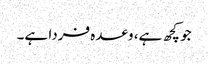
جو کچھ ہے، وعدہ فردا ہے۔